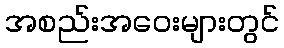
အစည်းအဝေးများတွင်